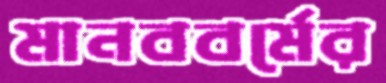
মানববর্মের